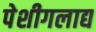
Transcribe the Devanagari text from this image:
पेशीगलाद्य